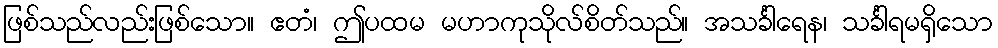
ဖြစ်သည်လည်းဖြစ်သော။ ဧတံ၊ ဤပထမ မဟာကုသိုလ်စိတ်သည်။ အသင်္ခါရေန၊ သင်္ခါရမရှိသော